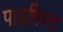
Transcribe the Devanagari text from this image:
पाइपिस्ट